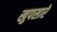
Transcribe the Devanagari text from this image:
खुपसारे